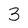
Character: 3